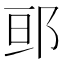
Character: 𮟷